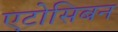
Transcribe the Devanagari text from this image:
एटोसिबन